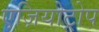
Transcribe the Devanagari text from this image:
एज़ियोट्रोप